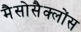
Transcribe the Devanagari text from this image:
मैसोसैक्लोंस